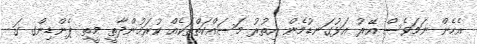
އެހެން ނަމަވެސް އޭރު އަޅުގަނޑުމެން އިތުރު މަސައްކަތްތަކެއް ކުރަމުންދާތީ މީތި ޕެންޑިންގ ގަ